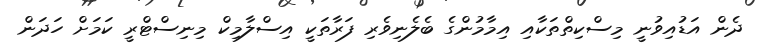
ދެން އަޑުއިވުނީ މިސްކިތްތަކާއި އިމާމުންގެ ބެލެނިވެރި ފަރާތަކީ އިސްލާމިކް މިނިސްޓްރީ ކަމަށް ހަދަން